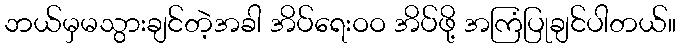
ဘယ်မှမသွားချင်တဲ့အခါ အိပ်ရေးဝဝ အိပ်ဖို့ အကြံပြုချင်ပါတယ်။